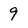
Character: 9